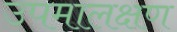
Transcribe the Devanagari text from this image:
उपमालक्षण